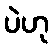
ပဲဟု